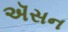
ઍસન